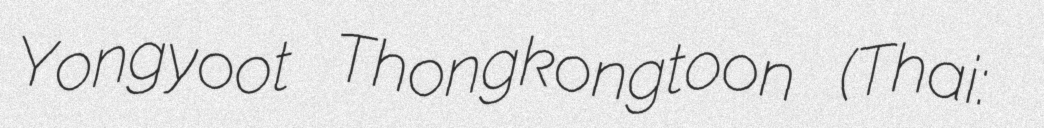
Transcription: Yongyoot Thongkongtoon (Thai: ยงยุทธ